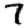
Digit: 7